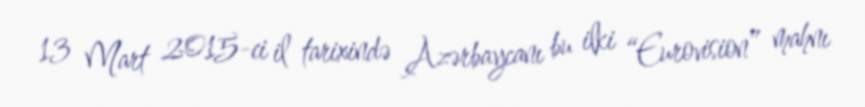
13 Mart 2015-ci il tarixində Azərbaycanı bu ilki “Eurovision” mahnı